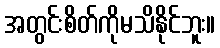
အတွင်းစိတ်ကိုမသိနိုင်ဘူး။